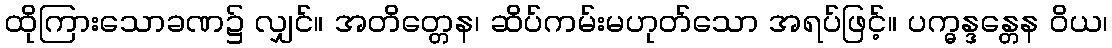
ထိုကြားသောခဏ၌ လျှင်။ အတိတ္တေန၊ ဆိပ်ကမ်းမဟုတ်သော အရပ်ဖြင့်။ ပက္ဓန္ဒန္တေန ဝိယ၊